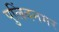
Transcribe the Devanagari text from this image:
पुलिंदनगर